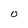
Character: O